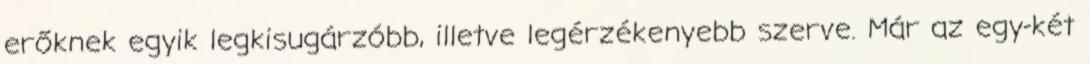
erőknek egyik legkisugárzóbb, illetve legérzékenyebb szerve. Már az egy-két